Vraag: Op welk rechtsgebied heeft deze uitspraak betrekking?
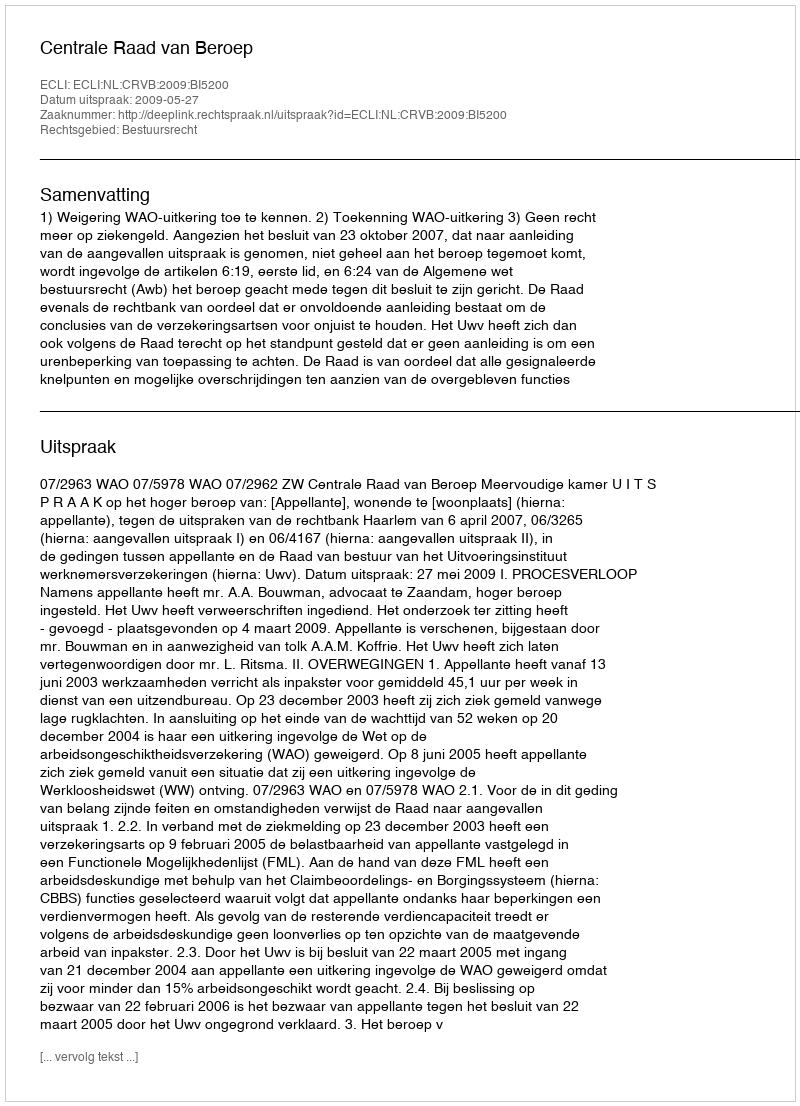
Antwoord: Bestuursrecht